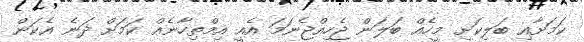
ކަމަށާއި ބަލިކަށި މީހެއް ބަލަން ޖެހިއްޖެނަމަ އެއީ އިމްތިހާނެއް ކަމަށް ދަނެ އެކަން